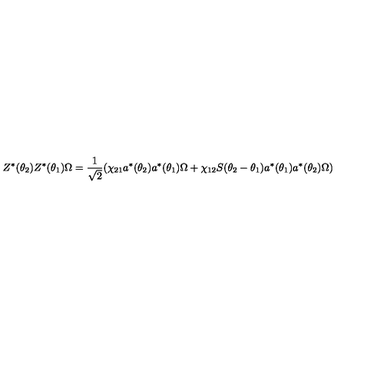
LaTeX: Z ^ { \ast } ( \theta _ { 2 } ) Z ^ { \ast } ( \theta _ { 1 } ) \Omega = \frac { 1 } { \sqrt { 2 } } ( \chi _ { 2 1 } a ^ { \ast } ( \theta _ { 2 } ) a ^ { \ast } ( \theta _ { 1 } ) \Omega + \chi _ { 1 2 } S ( \theta _ { 2 } - \theta _ { 1 } ) a ^ { \ast } ( \theta _ { 1 } ) a ^ { \ast } ( \theta _ { 2 } ) \Omega )